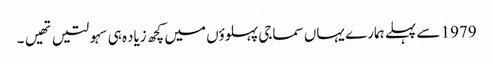
1979 سے پہلے ہمارے یہاں سماجی پہلوؤں میں کچھ زیاده ہی سہولتیں تهیں۔